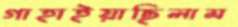
গাহাইয়াছিলাম